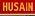
husain